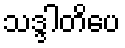
သဒ္ဒါတိပေ